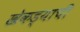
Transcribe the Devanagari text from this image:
खेकड्याची